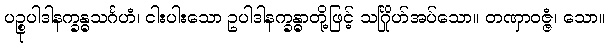
ပဉ္စုပါဒါနက္ခန္ဓသင်္ဂဟံ၊ ငါးပါးသော ဥပါဒါနက္ခန္ဓာတို့ဖြင့် သင်္ဂြိုဟ်အပ်သော။ တဏှာဝဇ္ဇံ၊ သော။